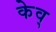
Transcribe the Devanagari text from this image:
केव्‌